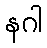
နဂါ